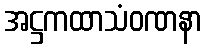
အဋ္ဌကထာသံဝဏနာ